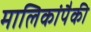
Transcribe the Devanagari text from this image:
मालिकांपैकी